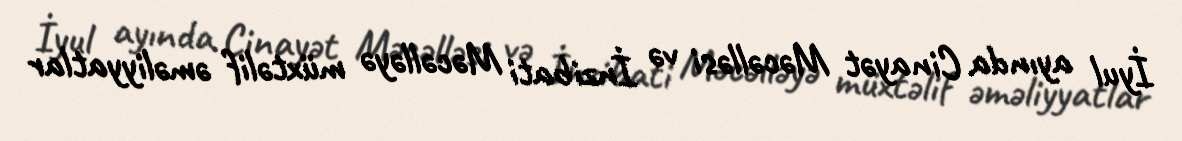
İyul ayında Cinayət Məcəlləsi və İnzibati Məcəlləyə müxtəlif əməliyyatlar